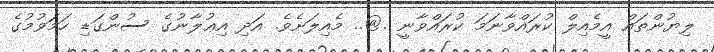
ލިޔުންތައް އީމެއިލް ކުރައްވާނަމަ ކުރައްވާނީ .@.. މެއިލަށެވެ. އަދި އިޢުލާނުގެ ސުންގަޑި ހަމަވުމުގެ